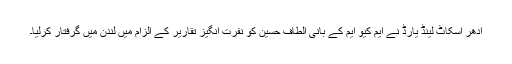
ادھر اسکاٹ لینڈ یارڈ نے ایم کیو ایم کے بانی الطاف حسین کو نفرت انگیز تقاریر کے الزام میں لندن میں گرفتار کرلیا۔